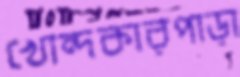
খোন্দকারপাড়া